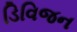
ડિવિજન